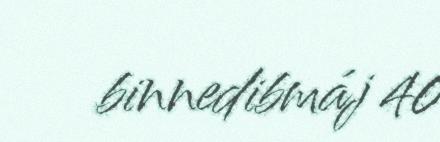
binnedibmáj 40